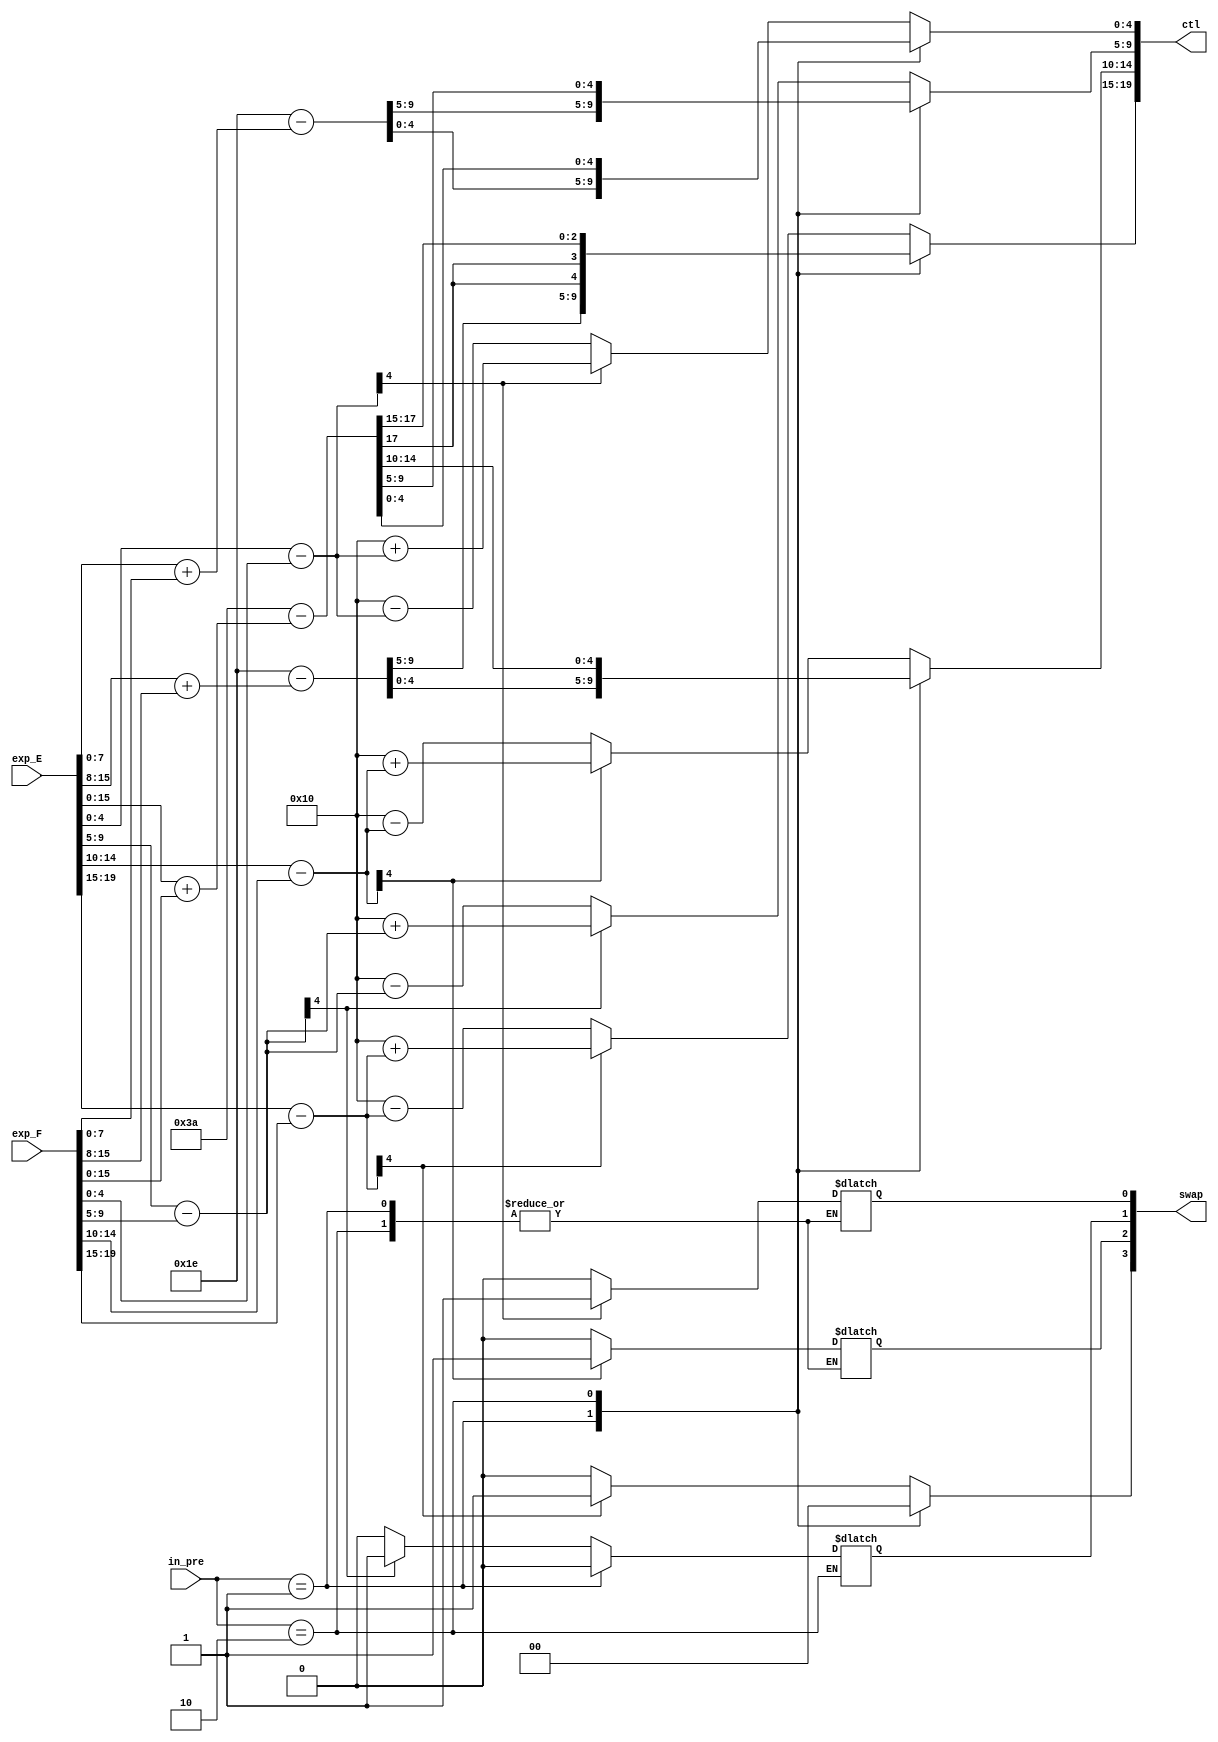
module alignment_ctl(
    input   wire    [19:0]  exp_E,
    input   wire    [19:0]  exp_F,
    input   wire    [1:0]   in_pre,
    output  wire     [19:0]  ctl,
    output  reg     [3:0]   swap

);
reg [19:0] exp_align,exp_align_ctl;




assign ctl = exp_align_ctl;

always@(*) begin
    case(in_pre)
        2'b00:begin
            exp_align[4:0] = exp_E[4:0] - exp_F[4:0];
            exp_align[9:5] = exp_E[9:5] - exp_F[9:5];
            exp_align[14:10] = exp_E[14:10] - exp_F[14:10];
            exp_align[19:15] = exp_E[19:15] - exp_F[19:15];
            if (exp_align[4]) begin
                swap[0] = 1'b1;
                exp_align_ctl[4:0] = 5'd16 + exp_align[4:0];
            end
            else begin
                swap[0] = 1'b0;
                exp_align_ctl[4:0] = 5'd16 - exp_align[4:0];
            end

            if (exp_align[9]) begin
                swap[1] = 1'b1;
                exp_align_ctl[9:5] = 5'd16 + exp_align[9:5];
            end
            else begin
                swap[1] = 1'b0;
                exp_align_ctl[9:5] = 5'd16 - exp_align[9:5];
            end

            if (exp_align[14]) begin
                swap[2] = 1'b1;
                exp_align_ctl[14:10] = 5'd16 + exp_align[14:10];
            end
            else begin
                swap[2] = 1'b0;
                exp_align_ctl[14:10] = 5'd16 - exp_align[14:10];
            end

            if (exp_align[19]) begin
                swap[3] = 1'b1;
                exp_align_ctl[19:15] = 5'd16 + exp_align[19:15];
            end
            else begin
                swap[3] = 1'b0;
                exp_align_ctl[19:15] = 5'd16 - exp_align[19:15];
            end

        end
        2'b01:begin
            exp_align[9:0] = exp_E[7:0] + exp_F[7:0];
            exp_align[19:10] = exp_E[15:8] + exp_F[15:8];
            if (exp_align[9]) begin
                swap[1] = 1'b1;
                exp_align_ctl[9:0] = 5'd30 + exp_align[9:0];
            end
            else begin
                swap[1] = 1'b0;
                exp_align_ctl[9:0] = 5'd30 - exp_align[9:0];
            end

            if (exp_align[19]) begin
                swap[3] = 1'b1;
                exp_align_ctl[19:10] = 5'd30 + exp_align[19:10];
            end
            else begin
                swap[3] = 1'b0;
                exp_align_ctl[19:10] = 5'd30 - exp_align[19:10];
            end
        end
        2'b10:begin
            exp_align[19:0] = exp_E[15:0] + exp_F[15:0];
            exp_align[19:0] = exp_E[15:0] + exp_F[15:0];
            if (exp_align[19]) begin
                swap[3] = 1'b1;
                exp_align_ctl[19:0] = 6'd58 + exp_align[19:0];
            end
            else begin
                swap[3] = 1'b0;
                exp_align_ctl[19:0] = 6'd58 - exp_align[19:0];
            end
        end
        default:begin
            exp_align[4:0] = exp_E[4:0] - exp_F[4:0];
            exp_align[9:5] = exp_E[9:5] - exp_F[9:5];
            exp_align[14:10] = exp_E[14:10] - exp_F[14:10];
            exp_align[19:15] = exp_E[19:15] - exp_F[19:15];
            if (exp_align[4]) begin
                swap[0] = 1'b1;
                exp_align_ctl[4:0] = 5'd16 + exp_align[4:0];
            end
            else begin
                swap[0] = 1'b0;
                exp_align_ctl[4:0] = 5'd16 - exp_align[4:0];
            end

            if (exp_align[9]) begin
                swap[1] = 1'b1;
                exp_align_ctl[9:5] = 5'd16 + exp_align[9:5];
            end
            else begin
                swap[1] = 1'b0;
                exp_align_ctl[9:5] = 5'd16 - exp_align[9:5];
            end

            if (exp_align[14]) begin
                swap[2] = 1'b1;
                exp_align_ctl[14:10] = 5'd16 + exp_align[14:10];
            end
            else begin
                swap[2] = 1'b0;
                exp_align_ctl[14:10] = 5'd16 - exp_align[14:10];
            end

            if (exp_align[19]) begin
                swap[3] = 1'b1;
                exp_align_ctl[19:15] = 5'd16 + exp_align[19:15];
            end
            else begin
                swap[3] = 1'b0;
                exp_align_ctl[19:15] = 5'd16 - exp_align[19:15];
            end
        end
    endcase   
end
endmodule